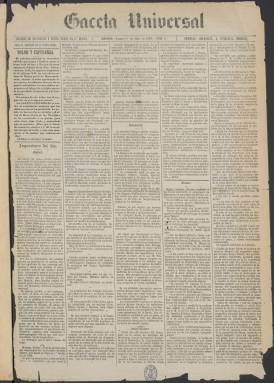
Título: Gaceta universal
Colección: Periódicos
Ámbito geográfico: Madrid
Lugar de publicación: Madrid
Fechas: 01/07/1878-10/05/1891